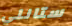
ستانلي